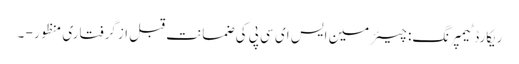
ریکارڈ ٹیمپرنگ: چیئرمین ایس ای سی پی کی ضمانت قبل ازگرفتاری منظور - ۔